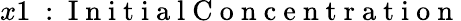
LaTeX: x1\mathrm{~:~I~n~i~t~i~a~l~C~o~n~c~e~n~t~r~a~t~i~o~n~}